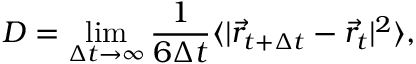
D = \operatorname* { l i m } _ { \Delta t \to \infty } { \frac { 1 } { 6 \Delta t } \langle | \vec { r } _ { t + \Delta t } - \vec { r } _ { t } | ^ { 2 } \rangle } ,